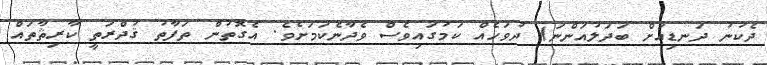
ދެކުނު ދަނޑިއަށް ބަދަލުއަންނަ) ދުވަހެއް ކަމުގައިވެސް ވެދާނެކަމަށެވެ. އެގޮތުން ތަފާތު ޤުދްރަތީ ކާރިޘާތައް